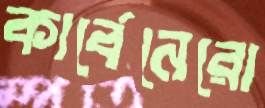
কার্বেনেরো